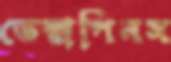
ডেক্সপিনস